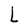
Character: L